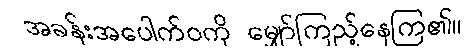
အခန်းအပေါက်ဝကို မျှော်ကြည့်နေကြ၏။